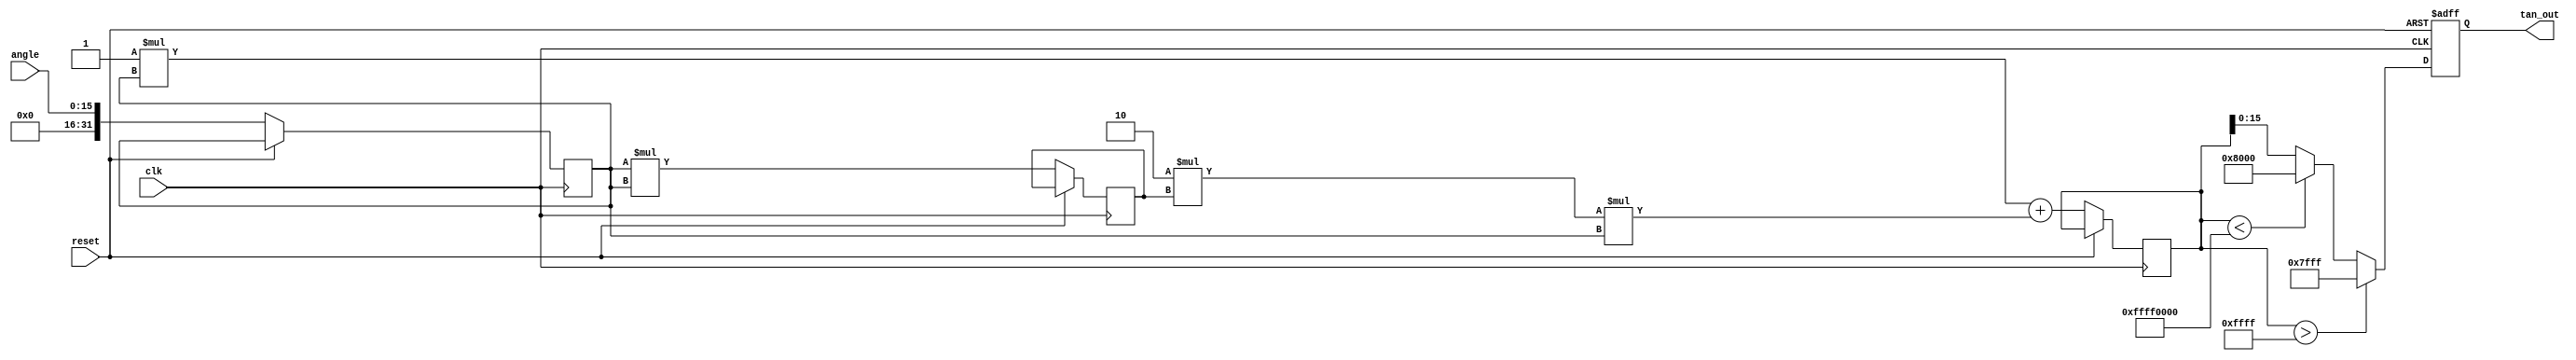
module tan_function (
    input             clk,
    input             reset,
    input  [15:0]    angle,      // Angle in fixed-point representation
    output reg [15:0] tan_out     // Output tangent in fixed-point representation
);
    
    // Internal register for computation
    reg [31:0] x;                // Use a wider representation for intermediate calculations
    reg [31:0] x_squared;
    reg [31:0] result;

    // Taylor series coefficients for tangent
    parameter C0 = 16'h0000; // Term for 0th degree = tan(0) = 0
    parameter C1 = 16'h0001; // Term for 1st degree = 1
    parameter C2 = 16'h0000; // Term for 2nd degree ~ 0 (approximation)
    parameter C3 = 16'h0002; // Approximation for 3rd degree
  
    always @(posedge clk or posedge reset) begin
        if (reset) begin
            tan_out <= 16'h0000; // Reset output
        end else begin
            // Assume input angle is within the range -/2 to /2 for this example
            
            // Convert input angle to fixed-point
            x <= {16'b0, angle}; // Use the angle directly as fixed-point
            
            // Calculate x squared
            x_squared <= x * x;

            // Compute tangent using Taylor series up to 3rd degree
            result <= (C1 * x) + (C3 * x_squared * x); // tan(x) ~ x + (2/3)x^3

            // Check and saturate output if needed
            if (result > 32'h0000FFFF) begin
                tan_out <= 16'h7FFF; // Saturation for positive overflow
            end else if (result < 32'hFFFF0000) begin
                tan_out <= 16'h8000; // Saturation for negative overflow
            end else begin
                tan_out <= result[15:0]; // Take lower 16 bits for output
            end
        end
    end
endmodule